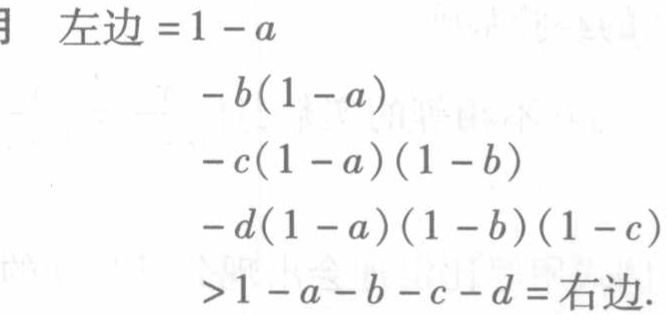
\[

\begin{align*}

\text{左边}&=1 - a\\

&-b(1 - a)\\

&-c(1 - a)(1 - b)\\

&-d(1 - a)(1 - b)(1 - c)\\

&>1 - a - b - c - d=\text{右边}.

\end{align*}

\]